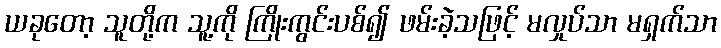
ယခုတော့ သူတို့က သူ့ကို ကြိုးကွင်းပစ်၍ ဖမ်းခဲ့သဖြင့် မလှုပ်သာ မရှက်သာ